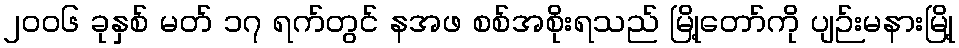
၂၀၀၆ ခုနှစ် မတ် ၁၇ ရက်တွင် နအဖ စစ်အစိုးရသည် မြို့တော်ကို ပျဉ်းမနားမြို့